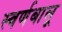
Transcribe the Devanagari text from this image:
स्वर्णबालू